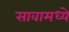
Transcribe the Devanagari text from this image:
सावामध्ये